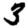
Digit: 3